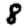
Digit: 8